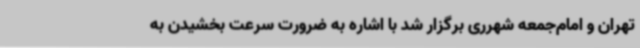
تهران و امام‌جمعه شهرری برگزار شد با اشاره به ضرورت سرعت بخشیدن به